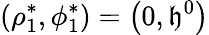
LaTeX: \left(\rho_{1}^{*},\phi_{1}^{*}\right)=\left(0,\mathfrak{h}^{0}\right)